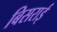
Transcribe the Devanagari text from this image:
बिसराई